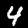
Label: 4